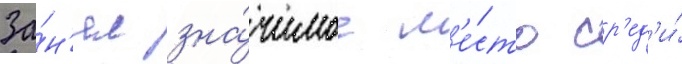
За́н'ял зна́чимое м'е́сто ср'ед'и́